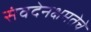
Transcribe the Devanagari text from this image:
संवदेनक्षमतेचे